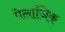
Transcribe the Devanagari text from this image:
पेलाजिक